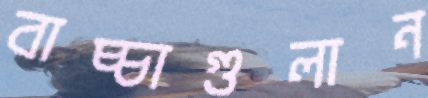
বাচ্চাগুলান